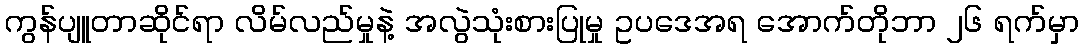
ကွန်ပျူတာဆိုင်ရာ လိမ်လည်မှုနဲ့ အလွဲသုံးစားပြုမှု ဥပဒေအရ အောက်တိုဘာ ၂၆ ရက်မှာ